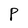
Character: P